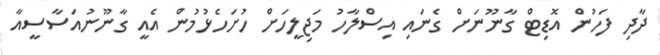
ދާދި ފަހުން އޮޑިޓް ގާނޫނަށް ގެނައި އިސްލާހު މަޖިލީހަށް ހުށަހެޅުމުން އެއީ ގާނޫނުއަސާސީއާ